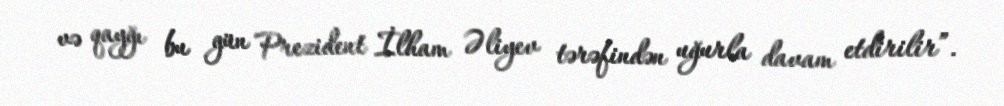
və qayğı bu gün Prezident İlham Əliyev tərəfindən uğurla davam etdirilir”.